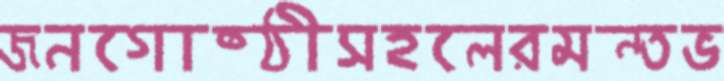
জনগোষ্ঠীসহলেরমন্তভ